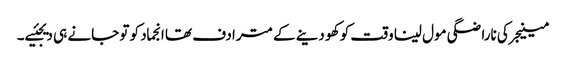
مینیجر کی ناراضگی مول لینا وقت کو کھو دینے کے مترادف تھا انجماد کو تو جانے ہی دیجئیے۔